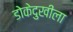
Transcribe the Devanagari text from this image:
डोकेदुखीला